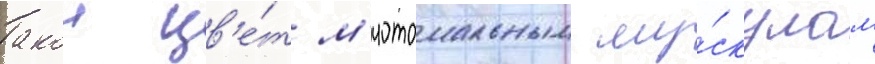
Такои цв'е́т м'иотомальным му́скулам